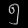
Digit: ၅